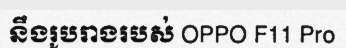
នឹងរូបរាងរបស់ OPPO F11 Pro